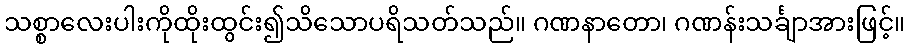
သစ္စာလေးပါးကိုထိုးထွင်း၍သိသောပရိသတ်သည်။ ဂဏနာတော၊ ဂဏန်းသင်္ချာအားဖြင့်။